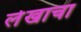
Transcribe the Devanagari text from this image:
लेेखाचा